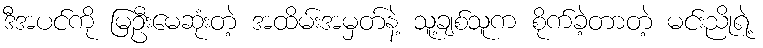
ဒီအပင်ကို မြဦးမေဆုံးတဲ့ အထိမ်းအမှတ်နဲ့ သူ့ချစ်သူက စိုက်ခဲ့တာတဲ့ မင်းညိုရဲ့